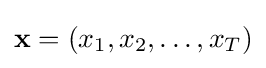
\mathbf {x} =(x_{1},x_{2},\ldots ,x_{T})